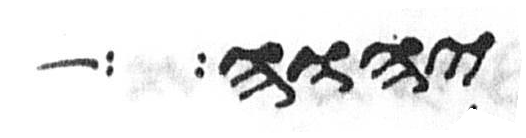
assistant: יהוה